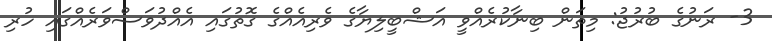
3- ރަނުގެ ބުރުޖު: މިތަން ބިނާކުރެއްވީ އަޝްބީލިޔާގެ ވެރިއެއްގެ ގޮތުގައި އެއްދުވަސްވަރެއްގައި ހުރި